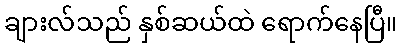
ချားလ်သည် နှစ်ဆယ်ထဲ ရောက်နေပြီ။